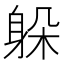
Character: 躲